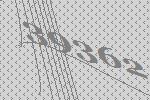
39362